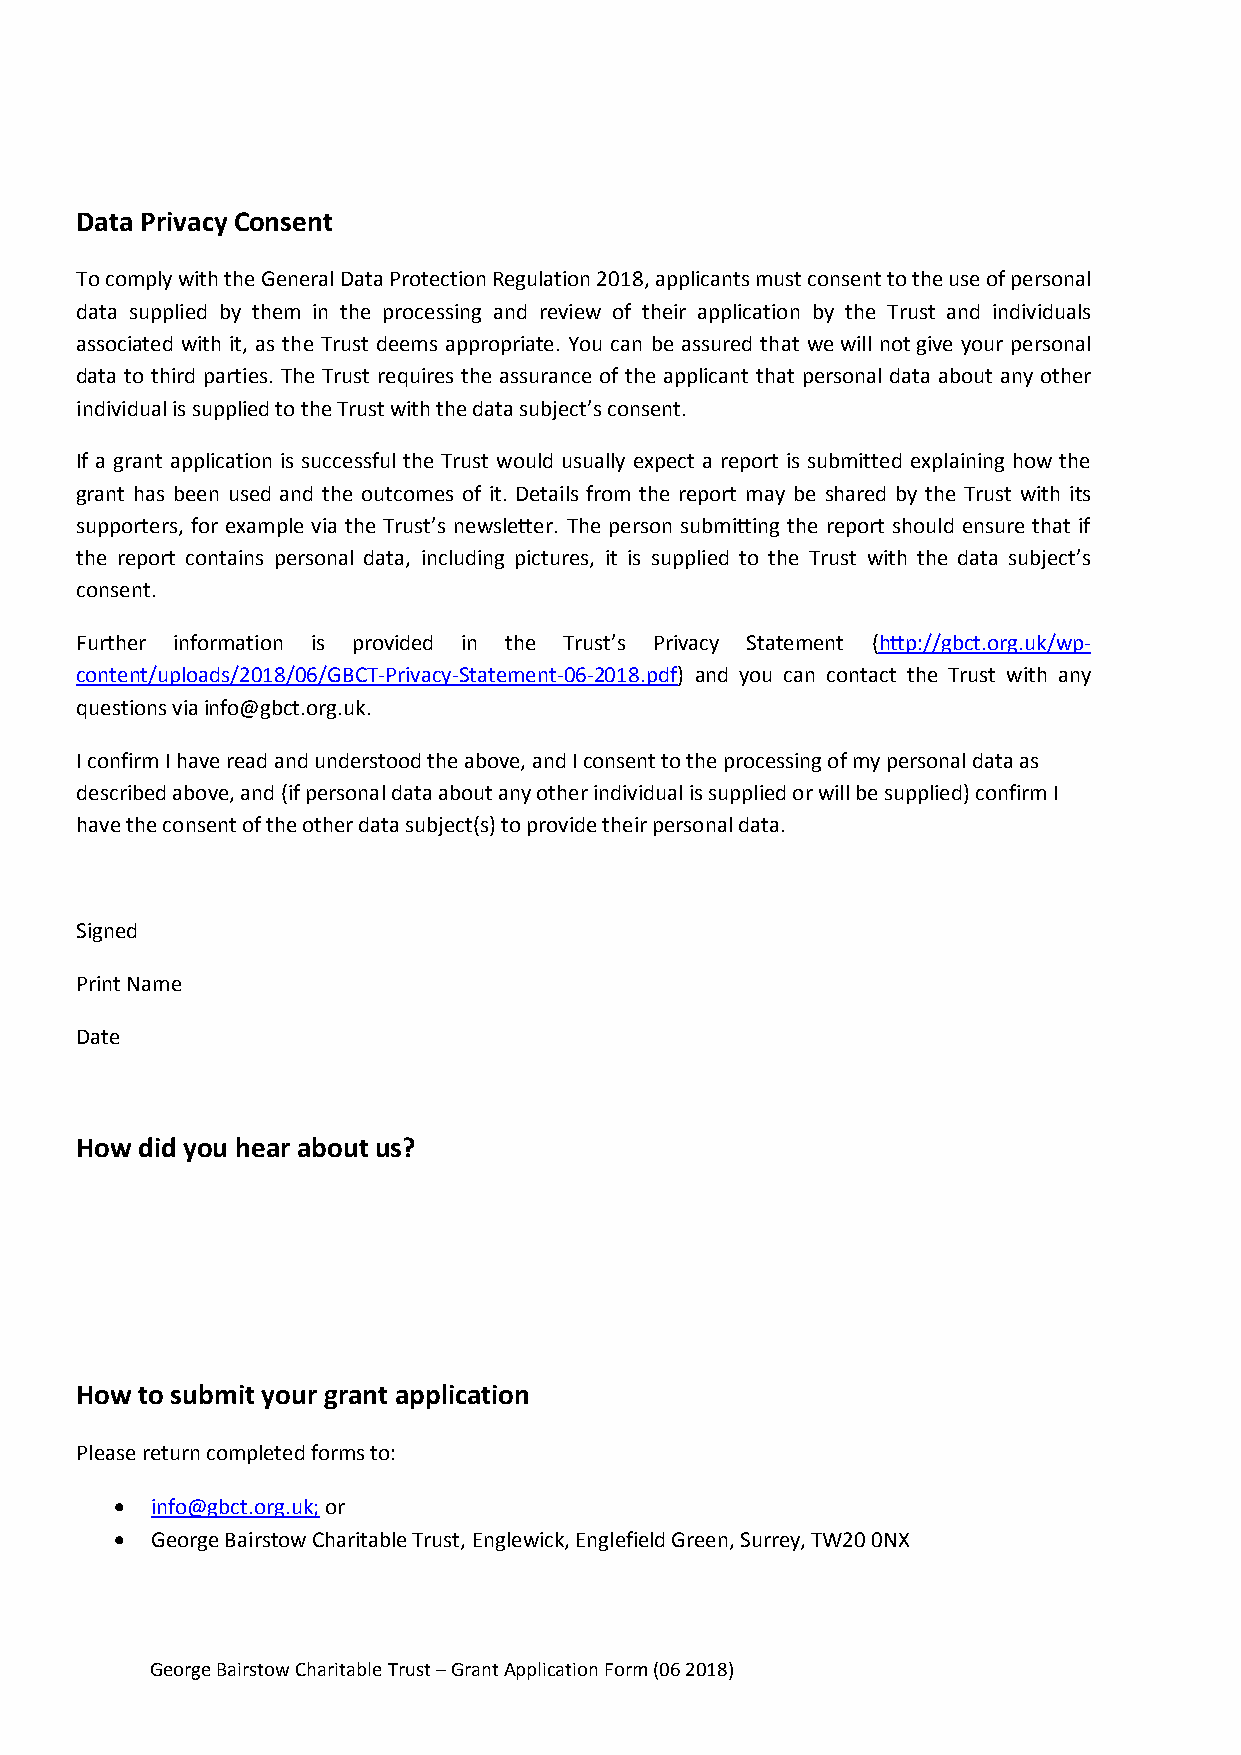
Data Privacy Consent
 To comply with the General Data Protection Regulation 2018, applicants must consent to the use of personal
 data supplied by them in the processing and review of their application by the Trust and individuals
 associated with it, as the Trust deems appropriate. You can be assured that we will not give your personal
 data to third parties. The Trust requires the assurance of the applicant that personal data about any other
 individual is supplied to the Trust with the data subject’s consent.
 If a grant application is successful the Trust would usually expect a report is submitted explaining how the
 grant has been used and the outcomes of it. Details from the report may be shared by the Trust with its
 supporters, for example via the Trust’s newsletter. The person submitting the report should ensure that if
 the report contains personal data, including pictures, it is supplied to the Trust with the data subject’s
 consent.
 Further information is provided in the Trust’s Privacy Statement (http://gbct.org.uk/wp-
 content/uploads/2018/06/GBCT-Privacy-Statement-06-2018.pdf) and you can contact the Trust with any
 questions via info@gbct.org.uk.
 I confirm I have read and understood the above, and I consent to the processing of my personal data as
 described above, and (if personal data about any other individual is supplied or will be supplied) confirm I
 have the consent of the other data subject(s) to provide their personal data.
 Signed
 Print Name
 Date
 How did you hear about us?
 How to submit your grant application
 Please return completed forms to:
  info@gbct.org.uk; or
  George Bairstow Charitable Trust, Englewick, Englefield Green, Surrey, TW20 0NX
 George Bairstow Charitable Trust – Grant Application Form (06 2018)